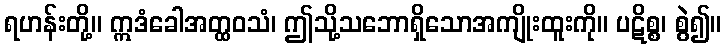
ရဟန်းတို့။ ဣဒံခေါအတ္ထဝသံ၊ ဤသို့သဘောရှိသောအကျိုးထူးကို။ ပဋိစ္စ၊ စွဲ၍။